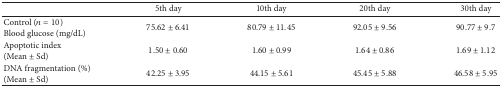
|  | 5th day | 10th day | 20th day | 30th day |
 | --- | --- | --- | --- | --- |
 | Control (n = 10)Blood glucose (mg/dL) | 75.62 ± 6.41 | 80.79 ± 11.45 | 92.05 ± 9.56 | 90.77 ± 9.7 |
 | Apoptotic index (Mean ± Sd) | 1.50 ± 0.60 | 1.60 ± 0.99 | 1.64 ± 0.86 | 1.69 ± 1.12 |
 | DNA fragmentation (%) (Mean ± Sd) | 42.25 ± 3.95 | 44.15 ± 5.61 | 45.45 ± 5.88 | 46.58 ± 5.95 |